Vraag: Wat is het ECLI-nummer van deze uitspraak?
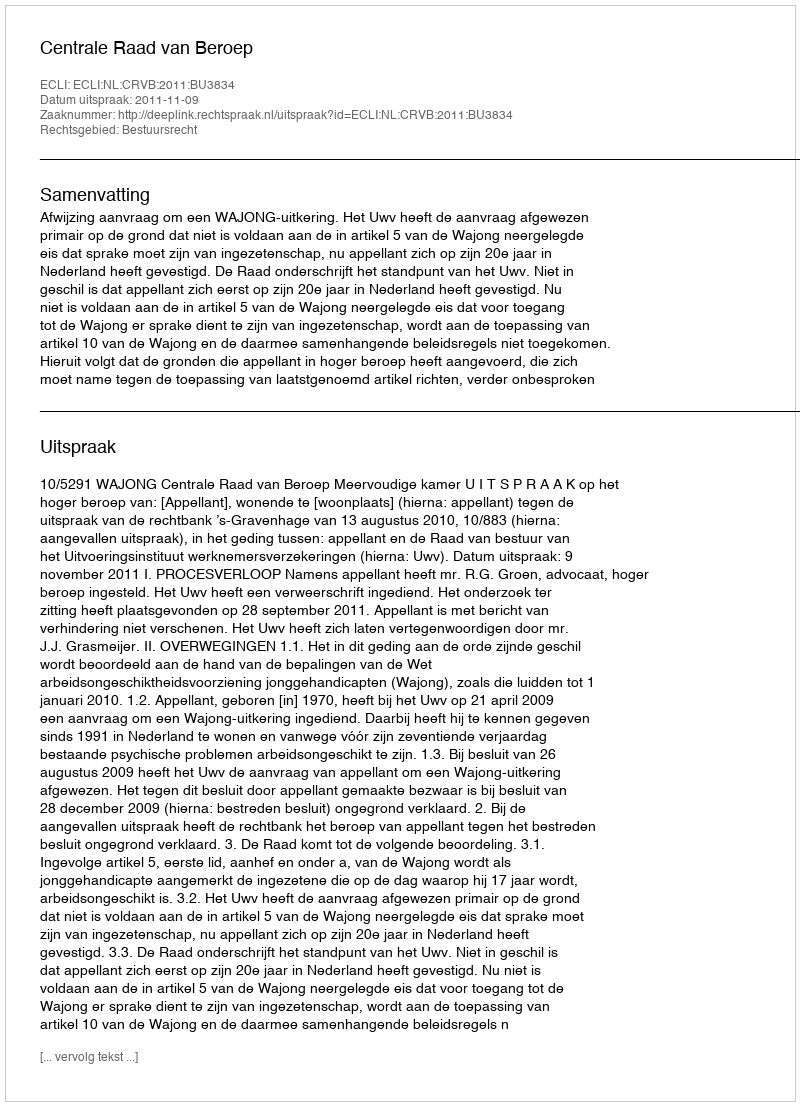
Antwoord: ECLI:NL:CRVB:2011:BU3834